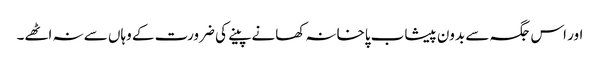
اور اس جگہ سے بدون پیشاب پاخانہ کھانے پینے کی ضرورت کے وہاں سے نہ اٹھے۔